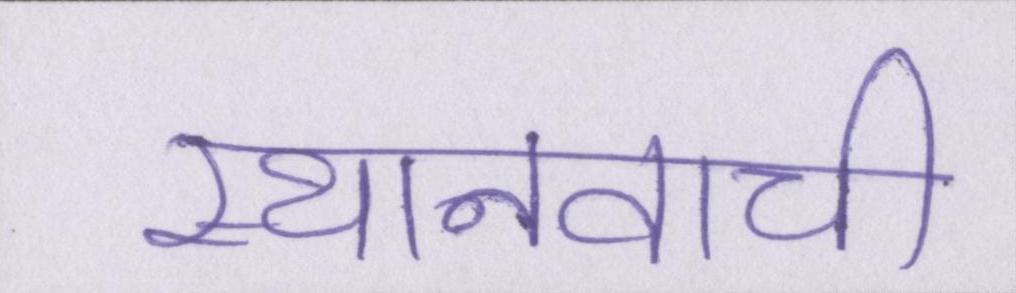
स्थानवाची